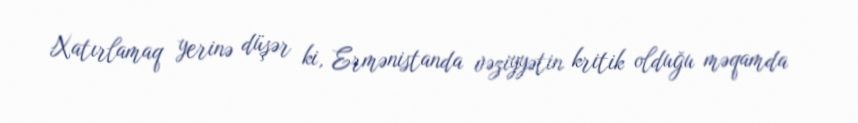
Xatırlamaq yerinə düşər ki, Ermənistanda vəziyyətin kritik olduğu məqamda